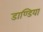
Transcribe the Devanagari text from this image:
डाण्डिया